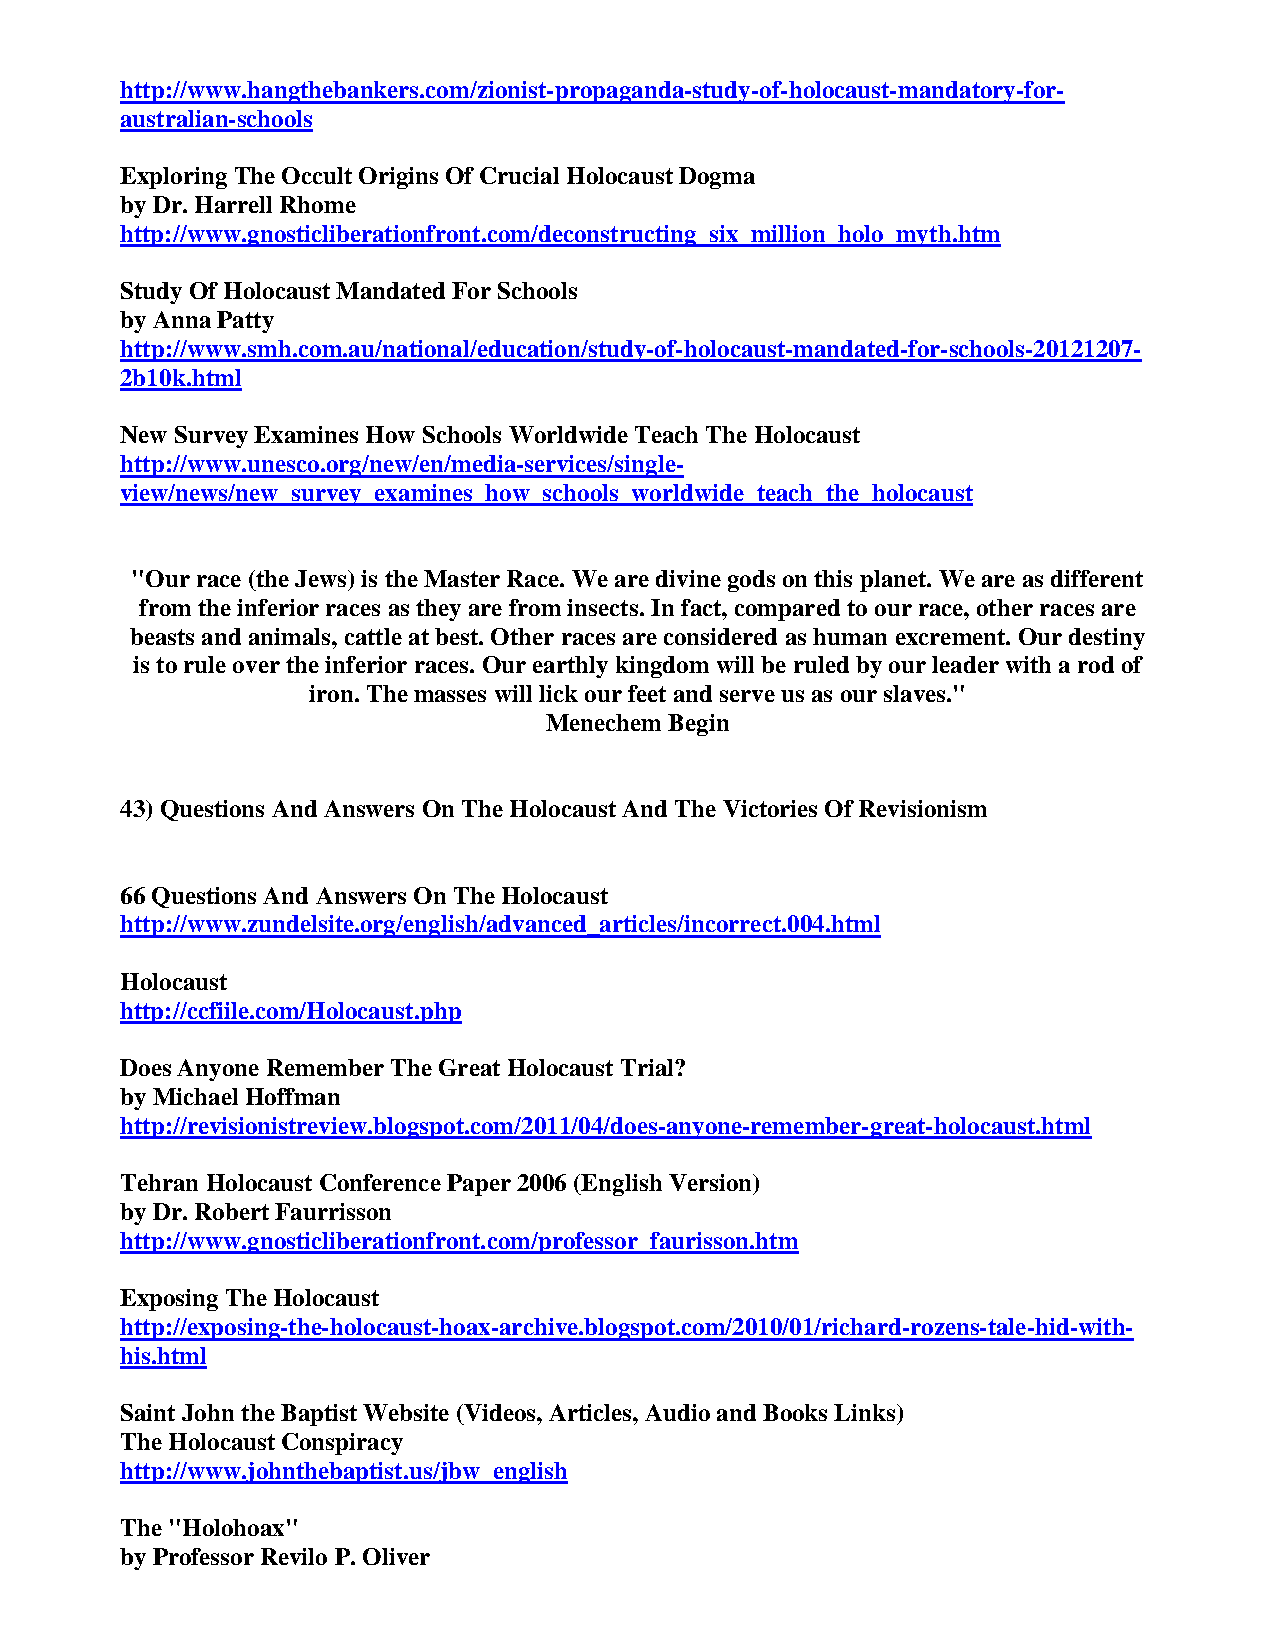
http://www.hangthebankers.com/zionist-propaganda-study-of-holocaust-mandatory-for-
 australian-schools
 Exploring The Occult Origins Of Crucial Holocaust Dogma
 by Dr. Harrell Rhome
 http://www.gnosticliberationfront.com/deconstructing_six_million_holo_myth.htm
 Study Of Holocaust Mandated For Schools
 by Anna Patty
 http://www.smh.com.au/national/education/study-of-holocaust-mandated-for-schools-20121207-
 2b10k.html
 New Survey Examines How Schools Worldwide Teach The Holocaust
 http://www.unesco.org/new/en/media-services/single-
 view/news/new_survey_examines_how_schools_worldwide_teach_the_holocaust
 "Our race (the Jews) is the Master Race. We are divine gods on this planet. We are as different
 from the inferior races as they are from insects. In fact, compared to our race, other races are
 beasts and animals, cattle at best. Other races are considered as human excrement. Our destiny
 is to rule over the inferior races. Our earthly kingdom will be ruled by our leader with a rod of
 iron. The masses will lick our feet and serve us as our slaves."
 Menechem Begin
 43) Questions And Answers On The Holocaust And The Victories Of Revisionism
 66 Questions And Answers On The Holocaust
 http://www.zundelsite.org/english/advanced_articles/incorrect.004.html
 Holocaust
 http://ccfiile.com/Holocaust.php
 Does Anyone Remember The Great Holocaust Trial?
 by Michael Hoffman
 http://revisionistreview.blogspot.com/2011/04/does-anyone-remember-great-holocaust.html
 Tehran Holocaust Conference Paper 2006 (English Version)
 by Dr. Robert Faurrisson
 http://www.gnosticliberationfront.com/professor_faurisson.htm
 Exposing The Holocaust
 http://exposing-the-holocaust-hoax-archive.blogspot.com/2010/01/richard-rozens-tale-hid-with-
 his.html
 Saint John the Baptist Website (Videos, Articles, Audio and Books Links)
 The Holocaust Conspiracy
 http://www.johnthebaptist.us/jbw_english
 The "Holohoax"
 by Professor Revilo P. Oliver